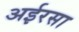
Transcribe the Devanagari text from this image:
अईरसा